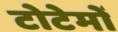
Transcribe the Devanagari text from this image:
टोटेमों